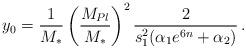
LaTeX: \begin{align*}y_0 = {1\over M_*}\left( M_{Pl} \over M_* \right)^2{2 \over s_1^2(\alpha_1e^{6n}+\alpha_2)}\,.\end{align*}